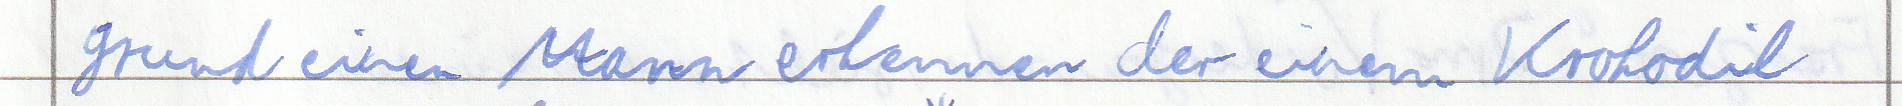
grund einen Mann erkennen der einem Krokodil